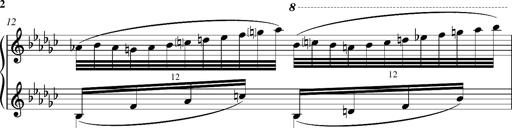
Title: Glasgow fragment, S.701f
Composer: Franz Liszt
Key: E-flat minor